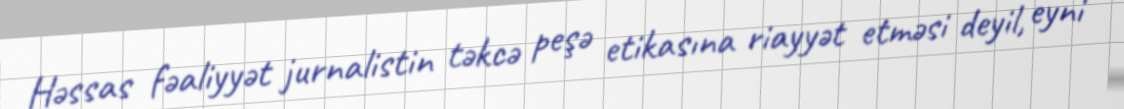
Həssas fəaliyyət jurnalistin təkcə peşə etikasına riayyət etməsi deyil, eyni